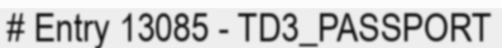
# Entry 13085 - TD3_PASSPORT